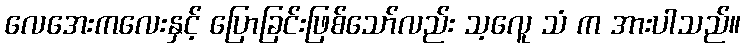
လေအေးကလေးနှင့် ပြောခြင်းဖြစ်သော်လည်း သ့လေူ သံ က အားပါသည်။